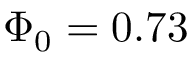
\Phi _ { 0 } = 0 . 7 3